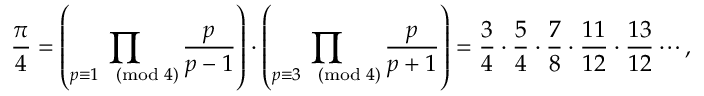
{ \frac { \pi } { 4 } } = \left( \prod _ { p \equiv 1 { \pmod { 4 } } } { \frac { p } { p - 1 } } \right) \cdot \left( \prod _ { p \equiv 3 { \pmod { 4 } } } { \frac { p } { p + 1 } } \right) = { \frac { 3 } { 4 } } \cdot { \frac { 5 } { 4 } } \cdot { \frac { 7 } { 8 } } \cdot { \frac { 1 1 } { 1 2 } } \cdot { \frac { 1 3 } { 1 2 } } \cdots ,